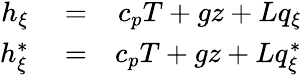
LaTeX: \begin{array}{rlr}{h_{\xi}}&{{}=}&{c_{p}T+gz+Lq_{\xi}}\\ {h_{\xi}^{*}}&{{}=}&{c_{p}T+gz+Lq_{\xi}^{*}}\end{array}